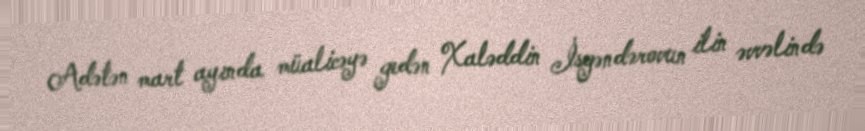
Adətən mart ayında müalicəyə gedən Xaləddin İsgəndərovun ilin əvvəlində